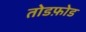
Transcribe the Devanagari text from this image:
तोडफ़ोड